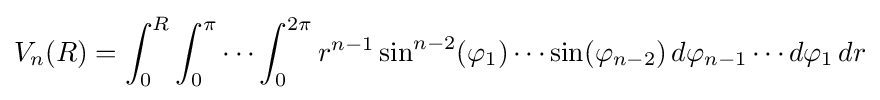
V_{n}(R)=\int _{0}^{R}\int _{0}^{\pi }\cdots \int _{0}^{2\pi }r^{n-1}\sin ^{n-2}(\varphi _{1})\cdots \sin(\varphi _{n-2})\,d\varphi _{n-1}\cdots d\varphi _{1}\,dr